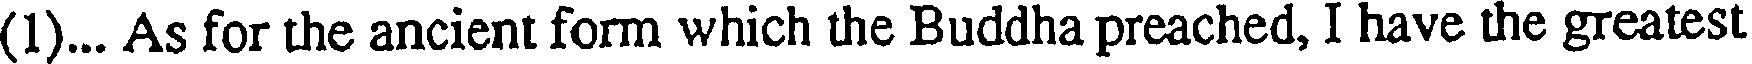
(1)... As for the ancient form which the Buddha preached, I have the greatest